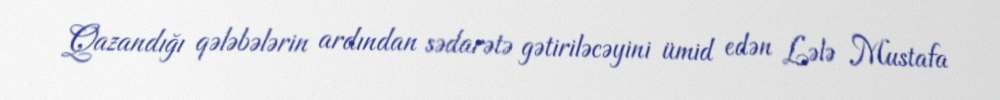
Qazandığı qələbələrin ardından sədarətə gətiriləcəyini ümid edən Lələ Mustafa